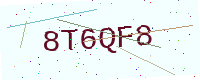
Text: 8T6QF8